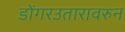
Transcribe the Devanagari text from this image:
डोंगरउतारावरुन